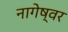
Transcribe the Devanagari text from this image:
नागेष्वर